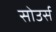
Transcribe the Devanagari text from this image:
सोउर्स